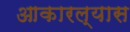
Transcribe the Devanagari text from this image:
आकारल्यास